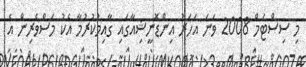
މި ސިސްޓަމް 2008 ވަނަ އަހަރު އިންޑޮނީޝިއާގައި ގާއިމުކުރުމާ އެކު މަސްވެރިން އެ